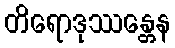
တိရောဒုဿန္တေန